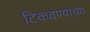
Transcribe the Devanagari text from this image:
टिकवण्याच्या